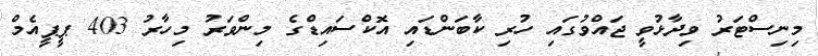
މިނިސްޓަރު ވިދާޅުވީ ޖައްވުގައި ހުރި ކާބަންޑައި އޮކްސައިޑްގެ މިންވަރު މިހާރު 403 ޕީޕީއެމް